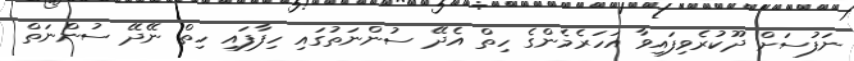
ނަފުސަށް ދޫކުރެވިފައިވާ އަހަރެމެންގެ ހިތް އެދޭ ސުންނަތުގައި ހިފާފައި ހިތް ނޭދޭ ސުންނަތް